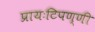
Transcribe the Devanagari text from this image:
प्रायःटिपण्णी